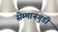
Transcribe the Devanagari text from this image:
सेम्मानगुडी